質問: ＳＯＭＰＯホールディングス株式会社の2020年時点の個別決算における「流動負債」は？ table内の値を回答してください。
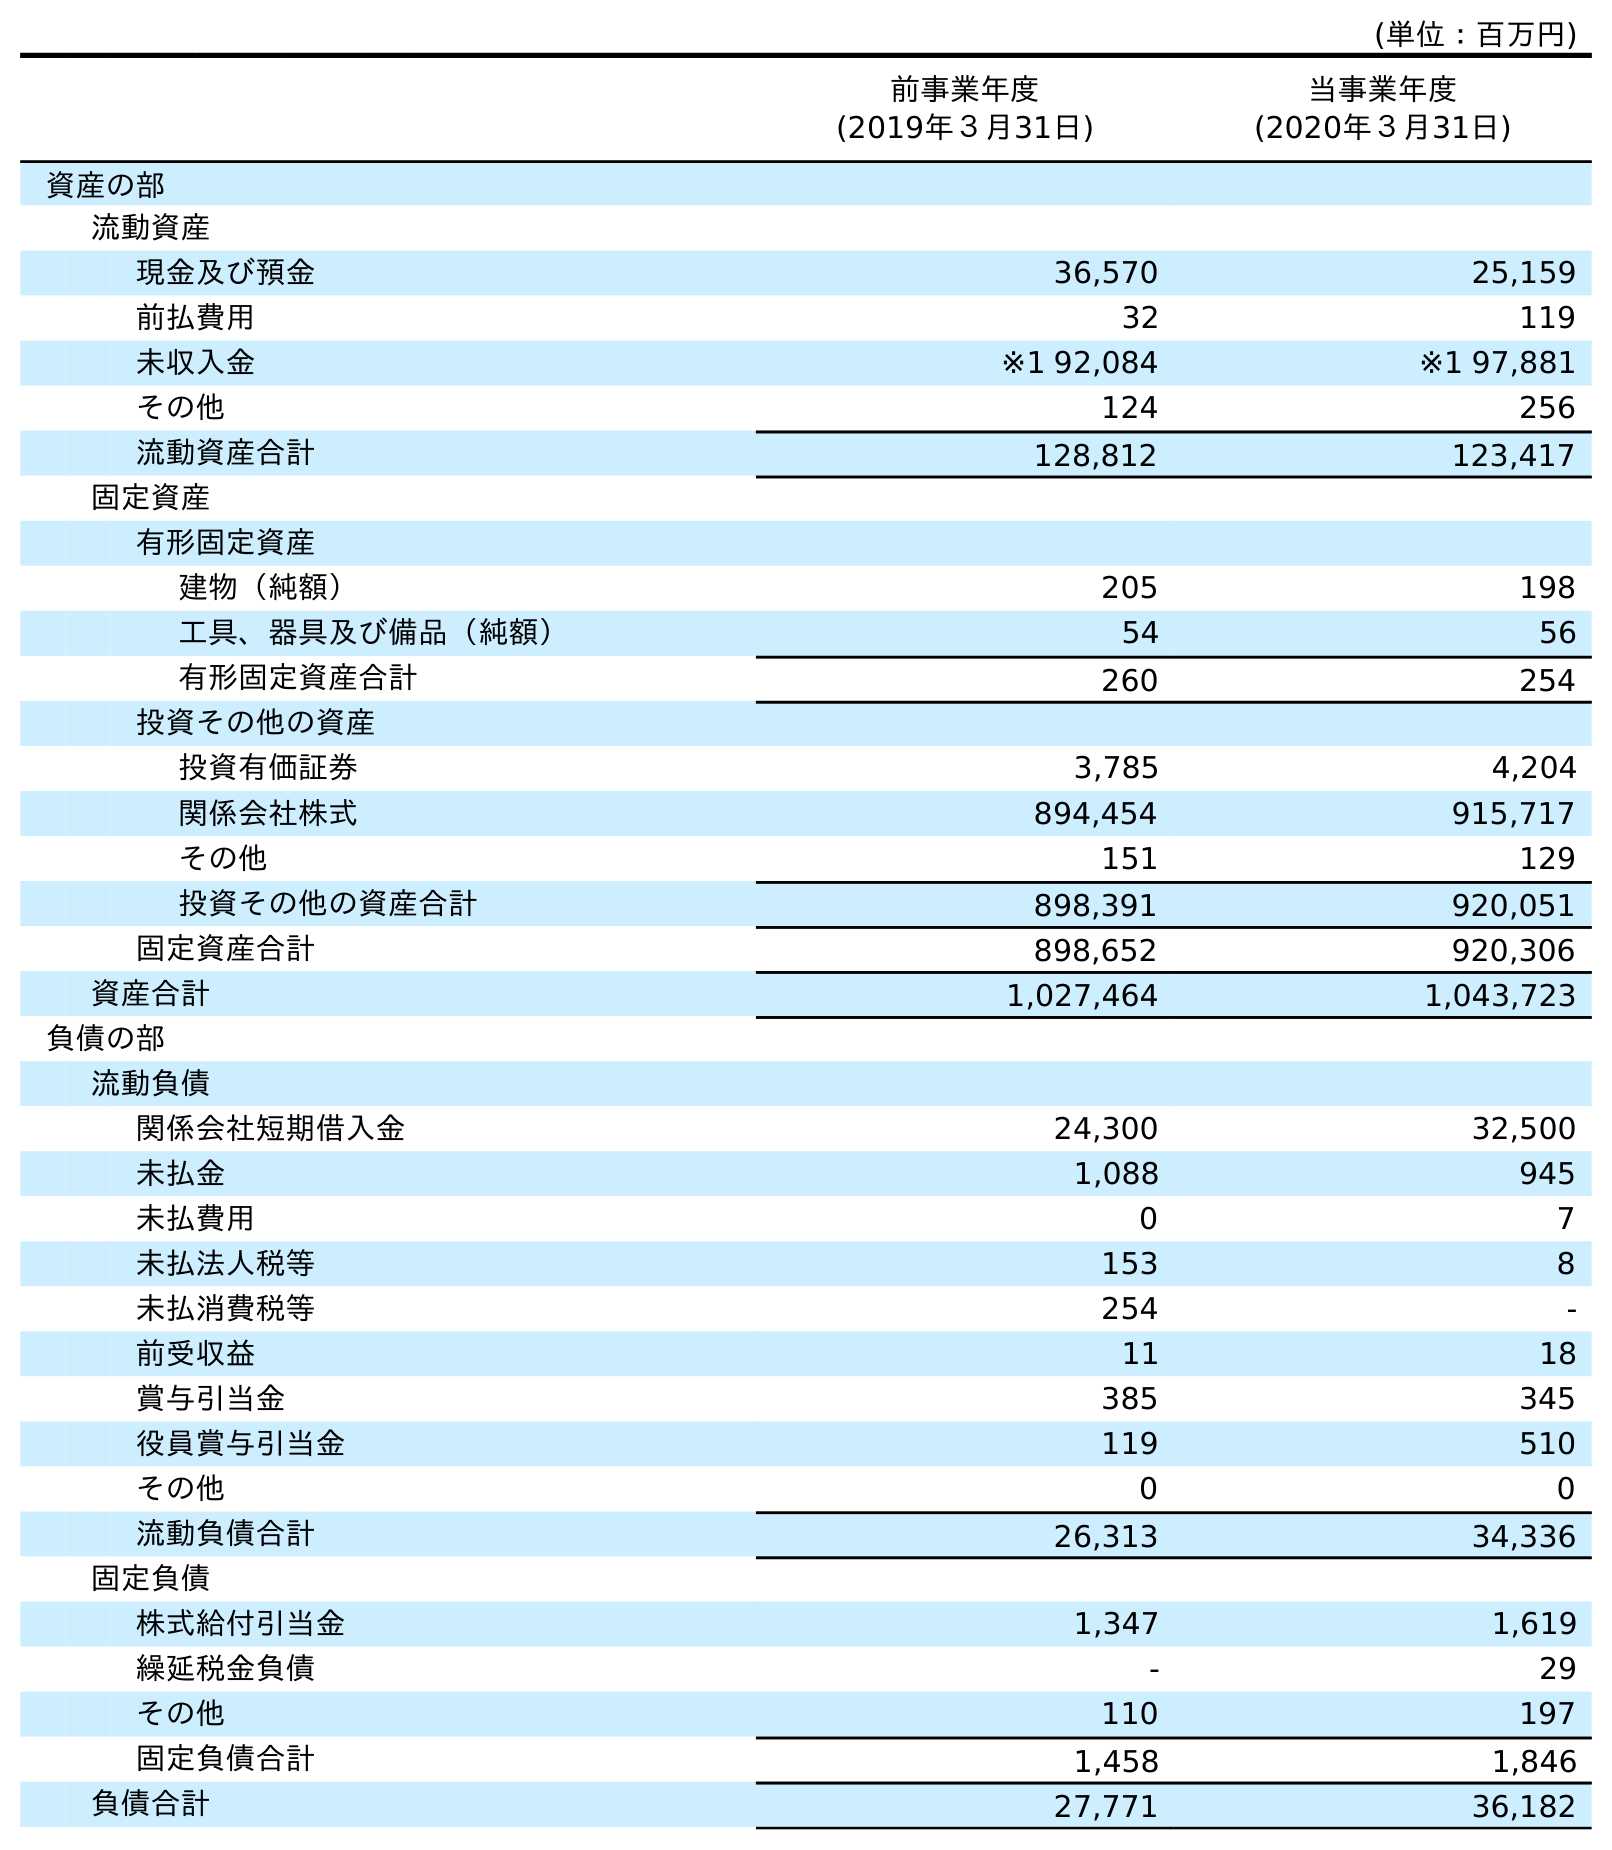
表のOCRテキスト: (単位：百万円) 前事業年度 (2019年３月31日) 当事業年度 (2020年３月31日) 資産の部 流動資産 現金及び預金 36,570 25,159 前払費用 32 119 未収入金 ※1 92,084 ※1 97,881 その他 124 256 流動資産合計 128,812 123,417 固定資産 有形固定資産 建物（純額） 205 198 工具、器具及び備品（純額） 54 56 有形固定資産合計 260 254 投資その他の資産 投資有価証券 3,785 4,204 関係会社株式 894,454 915,717 その他 151 129 投資その他の資産合計 898,391 920,051 固定資産合計 898,652 920,306 資産合計 1,027,464 1,043,723 負債の部 流動負債 関係会社短期借入金 24,300 32,500 未払金 1,088 945 未払費用 0 7 未払法人税等 153 8 未払消費税等 254 - 前受収益 11 18 賞与引当金 385 345 役員賞与引当金 119 510 その他 0 0 流動負債合計 26,313 34,336 固定負債 株式給付引当金 1,347 1,619 繰延税金負債 - 29 その他 110 197 固定負債合計 1,458 1,846 負債合計 27,771 36,182
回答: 34,336